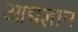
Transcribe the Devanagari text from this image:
आद्यज्ञान